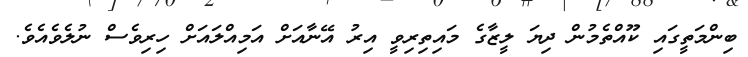
ބިންމަތީގައި ކޫއްތެމުން ދިޔަ ލީޒާގެ މައިތިރިވީ އިރު އޭނާއަށް އަމިއްލައަށް ހިރިވެސް ނުލެވެއެވެ.